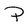
Character: P